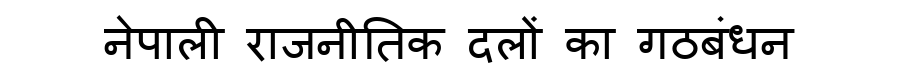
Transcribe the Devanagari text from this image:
नेपाली राजनीतिक दलों का गठबंधन